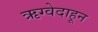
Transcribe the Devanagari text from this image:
ऋग्वेदाहून